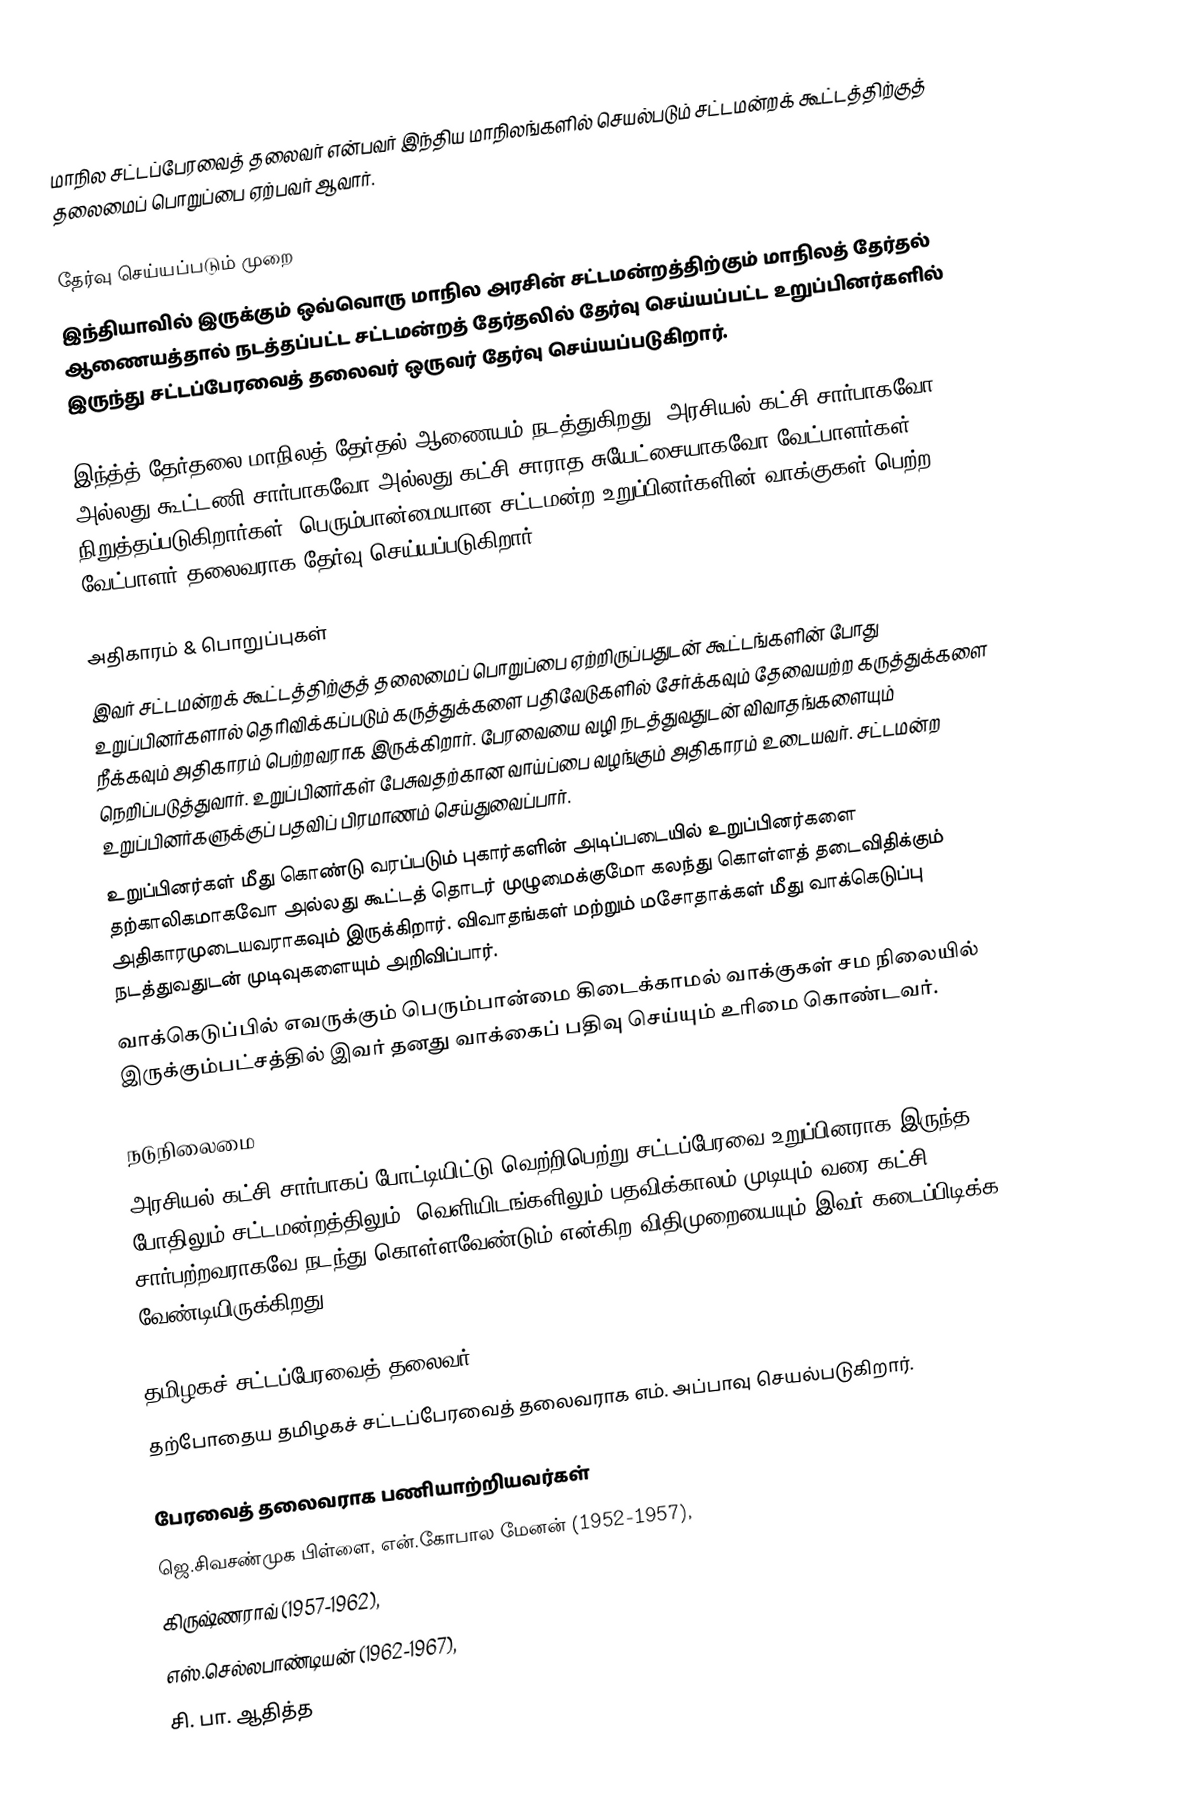
மாநில சட்டப்பேரவைத் தலைவர் என்பவர் இந்திய மாநிலங்களில் செயல்படும் சட்டமன்றக் கூட்டத்திற்குத் தலைமைப் பொறுப்பை ஏற்பவர் ஆவார்.

தேர்வு செய்யப்படும் முறை
இந்தியாவில் இருக்கும் ஒவ்வொரு மாநில அரசின் சட்டமன்றத்திற்கும் மாநிலத் தேர்தல் ஆணையத்தால் நடத்தப்பட்ட சட்டமன்றத் தேர்தலில் தேர்வு செய்யப்பட்ட உறுப்பினர்களில் இருந்து சட்டப்பேரவைத் தலைவர் ஒருவர் தேர்வு செய்யப்படுகிறார்.

இந்த்த் தேர்தலை மாநிலத் தேர்தல் ஆணையம் நடத்துகிறது. அரசியல் கட்சி சார்பாகவோ அல்லது கூட்டணி சார்பாகவோ அல்லது கட்சி சாராத சுயேட்சையாகவோ வேட்பாளர்கள் நிறுத்தப்படுகிறார்கள். பெரும்பான்மையான சட்டமன்ற உறுப்பினர்களின் வாக்குகள் பெற்ற வேட்பாளர் தலைவராக தேர்வு செய்யப்படுகிறார்.

அதிகாரம் & பொறுப்புகள்
இவர் சட்டமன்றக் கூட்டத்திற்குத் தலைமைப் பொறுப்பை ஏற்றிருப்பதுடன் கூட்டங்களின் போது உறுப்பினர்களால் தெரிவிக்கப்படும் கருத்துக்களை பதிவேடுகளில் சேர்க்கவும் தேவையற்ற கருத்துக்களை நீக்கவும் அதிகாரம் பெற்றவராக இருக்கிறார். பேரவையை வழி நடத்துவதுடன் விவாதங்களையும் நெறிப்படுத்துவார். உறுப்பினர்கள் பேசுவதற்கான வாய்ப்பை வழங்கும் அதிகாரம் உடையவர். சட்டமன்ற உறுப்பினர்களுக்குப் பதவிப் பிரமாணம் செய்துவைப்பார்.
உறுப்பினர்கள் மீது கொண்டு வரப்படும் புகார்களின் அடிப்படையில் உறுப்பினர்களை தற்காலிகமாகவோ அல்லது கூட்டத் தொடர் முழுமைக்குமோ கலந்து கொள்ளத் தடைவிதிக்கும் அதிகாரமுடையவராகவும் இருக்கிறார். விவாதங்கள் மற்றும் மசோதாக்கள் மீது வாக்கெடுப்பு நடத்துவதுடன் முடிவுகளையும் அறிவிப்பார்.
வாக்கெடுப்பில் எவருக்கும் பெரும்பான்மை கிடைக்காமல் வாக்குகள் சம நிலையில் இருக்கும்பட்சத்தில் இவர் தனது வாக்கைப் பதிவு செய்யும் உரிமை கொண்டவர்.

நடுநிலைமை
அரசியல் கட்சி சார்பாகப் போட்டியிட்டு வெற்றிபெற்று சட்டப்பேரவை உறுப்பினராக இருந்த போதிலும் சட்டமன்றத்திலும், வெளியிடங்களிலும் பதவிக்காலம் முடியும் வரை கட்சி சார்பற்றவராகவே நடந்து கொள்ளவேண்டும் என்கிற விதிமுறையையும் இவர் கடைப்பிடிக்க வேண்டியிருக்கிறது.

தமிழகச் சட்டப்பேரவைத் தலைவர்
தற்போதைய தமிழகச் சட்டப்பேரவைத் தலைவராக எம். அப்பாவு செயல்படுகிறார்.

பேரவைத் தலைவராக பணியாற்றியவர்கள்
ஜெ.சிவசண்முக பிள்ளை, என்.கோபால மேனன் (1952-1957),
கிருஷ்ணராவ் (1957-1962),
எஸ்.செல்லபாண்டியன் (1962-1967),
சி. பா. ஆதித்த